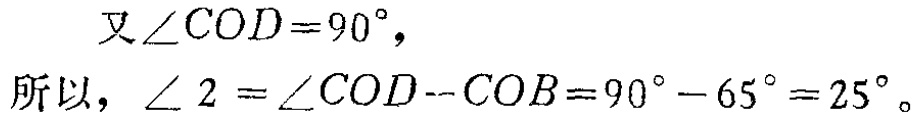
又$\angle COD = 90^{\circ}$，
所以，$\angle 2 = \angle COD - \angle COB = 90^{\circ} - 65^{\circ} = 25^{\circ}$。